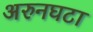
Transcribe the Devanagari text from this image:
अरुनघटा